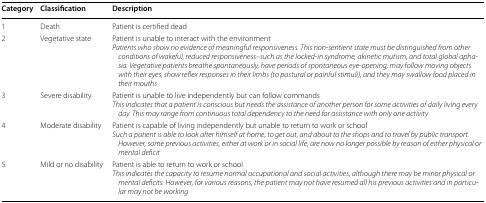
<table><thead><tr><td><b>Category</b></td><td><b>Classification</b></td><td><b>Description</b></td></tr></thead><tbody><tr><td>1</td><td>Death</td><td>Patient is certified dead</td></tr><tr><td>2</td><td>Vegetative state</td><td>Patient is unable to interact with the environment<i>Patients who show no evidence of meaningful responsiveness. This non</i>-<i>sentient state must be distinguished from other conditions of wakeful, reduced responsiveness</i>–<i>such as the locked</i>-<i>in syndrome, akinetic mutism, and total global aphasia. Vegetative patients breathe spontaneously, have periods of spontaneous eye</i>-<i>opening, may follow moving objects with their eyes, show reflex responses in their limbs (to postural or painful stimuli), and they may swallow food placed in their mouths</i></td></tr><tr><td>3</td><td>Severe disability</td><td>Patient is unable to live independently but can follow commands<i>This indicates that a patient is conscious but needs the assistance of another person for some activities of daily living every day. This may range from continuous total dependency to the need for assistance with only one activity</i></td></tr><tr><td>4</td><td>Moderate disability</td><td>Patient is capable of living independently but unable to return to work or school<i>Such a patient is able to look after himself at home, to get out, and about to the shops and to travel by public transport. However, some previous activities, either at work or in social life, are now no longer possible by reason of either physical or mental deficit</i></td></tr><tr><td>5</td><td>Mild or no disability</td><td>Patient is able to return to work or school<i>This indicates the capacity to resume normal occupational and social activities, although there may be minor physical or mental deficits. However, for various reasons, the patient may not have resumed all his previous activities and in particular may not be working</i></td></tr></tbody></table>